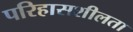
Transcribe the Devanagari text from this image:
परिहासशीलता